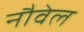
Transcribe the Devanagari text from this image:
नौवेल